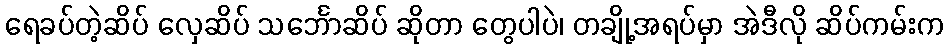
ရေခပ်တဲ့ဆိပ် လှေဆိပ် သင်္ဘောဆိပ် ဆိုတာ တွေပါပဲ၊ တချို့အရပ်မှာ အဲဒီလို ဆိပ်ကမ်းက